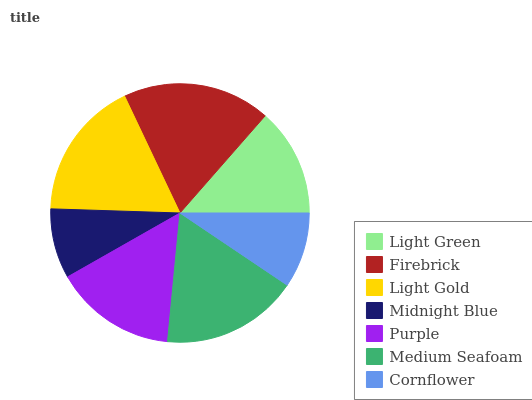
| Light Green | Firebrick | Light Gold | Midnight Blue | Purple | Medium Seafoam | Cornflower |
 | --- | --- | --- | --- | --- | --- | --- |
 | 13.6% | 18.5% | 17.5% | 8.74% | 15.2% | 17% | 9.43% |